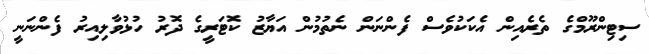
ސިޓިންރޫމްގެ ތެރެއިން އެކަކުވެސް ފެންނަން ނެތުމުން އަޔާޒު ކޮޓަރީގެ ދޮރު ހުޅުވާލިއިރު ފެންނަނީ